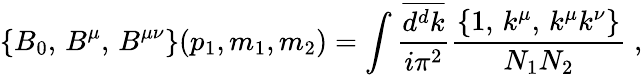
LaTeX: \{ B_{0},\, B^{\mu},\, B^{\mu\nu}\} (p_{1},m_{1},m_{2})=\int\frac{\overline{{{d^{d}k}}}}{i\pi^{2}}\frac{\{ 1,\, k^{\mu},\, k^{\mu}k^{\nu}\} }{N_{1}N_{2}}\; ,